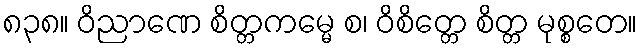
၈၃၈။ ဝိညာဏေ စိတ္တကမ္မေ စ၊ ဝိစိတ္တေ စိတ္တ မုစ္စတေ။